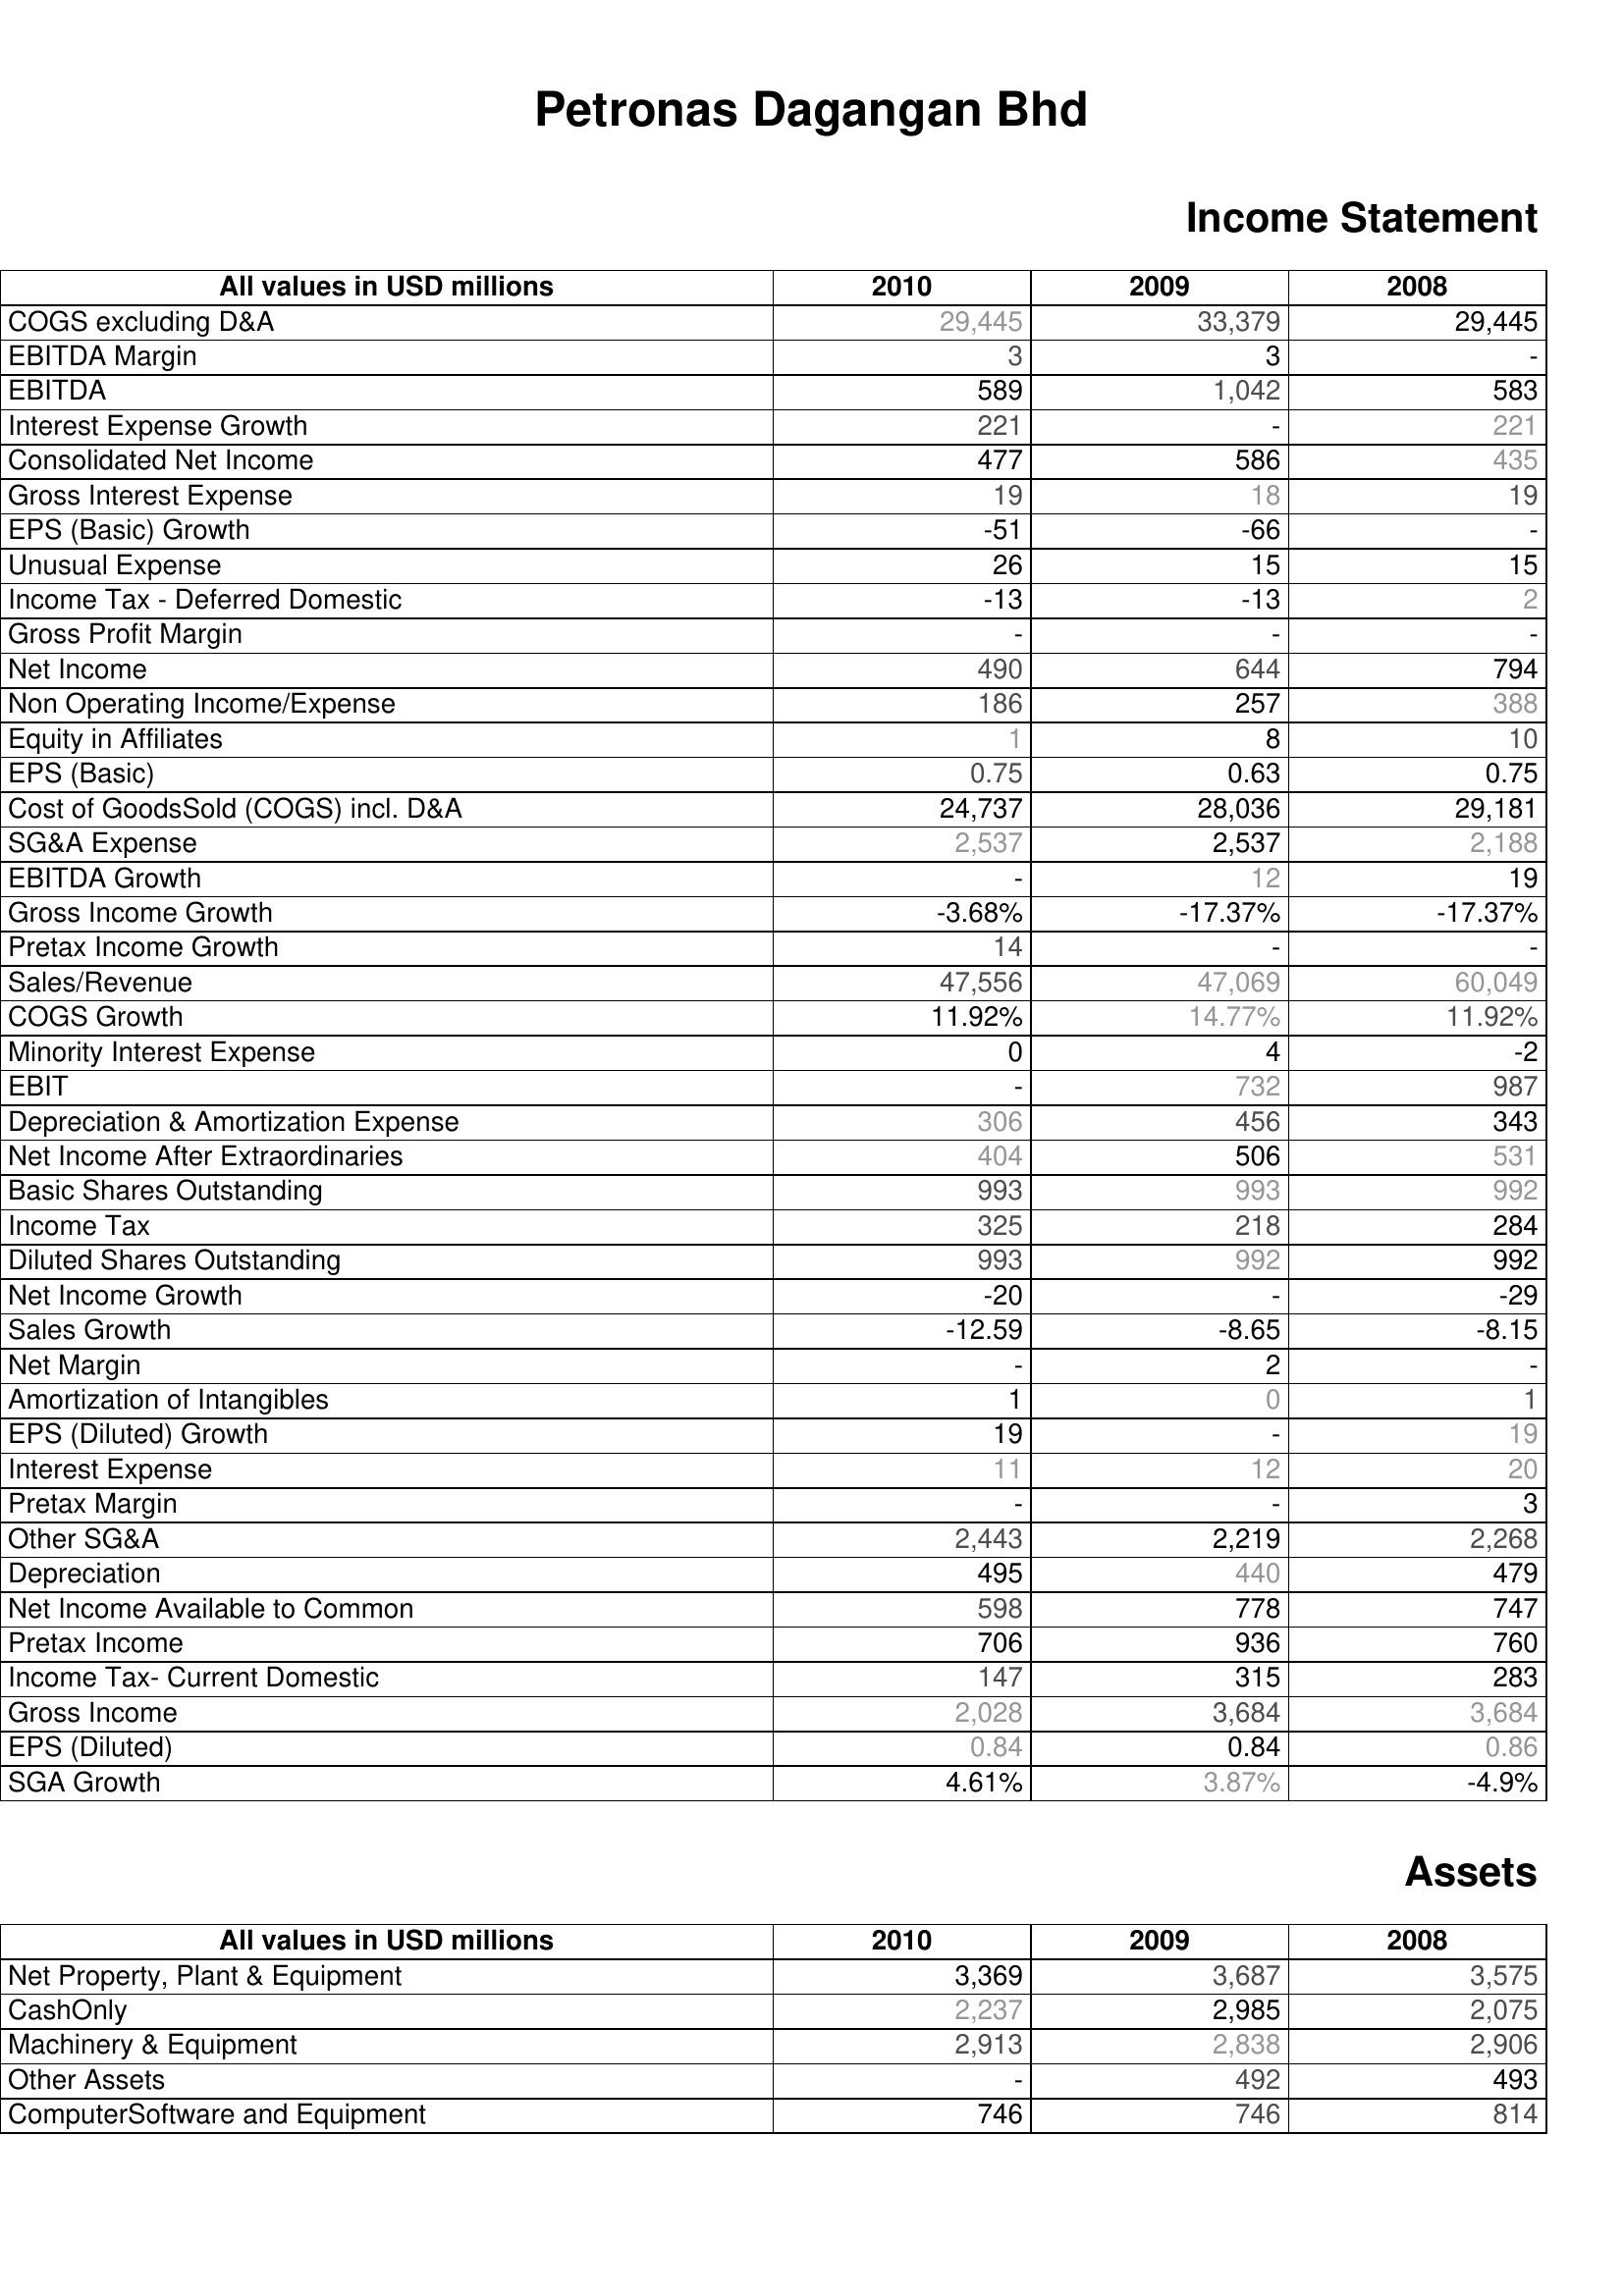
2010: Income Statement: COGS excluding D&A: 29,445
EBITDA Margin: 3
EBITDA: 589
Interest Expense Growth: 221
Consolidated Net Income: 477
Gross Interest Expense: 19
EPS (Basic) Growth: -51
Unusual Expense: 26
Income Tax - Deferred Domestic: -13
Gross Profit Margin: -
Net Income: 490
Non Operating Income/Expense: 186
Equity in Affiliates: 1
EPS (Basic): 0.75
Cost of GoodsSold (COGS) incl. D&A: 24,737
SG&A Expense: 2,537
EBITDA Growth: -
Gross Income Growth: -3.68%
Pretax Income Growth: 14
Sales/Revenue: 47,556
COGS Growth: 11.92%
Minority Interest Expense: 0
EBIT: -
Depreciation & Amortization Expense: 306
Net Income After Extraordinaries: 404
Basic Shares Outstanding: 993
Income Tax: 325
Diluted Shares Outstanding: 993
Net Income Growth: -20
Sales Growth: -12.59
Net Margin: -
Amortization of Intangibles: 1
EPS (Diluted) Growth: 19
Interest Expense: 11
Pretax Margin: -
Other SG&A: 2,443
Depreciation: 495
Net Income Available to Common: 598
Pretax Income: 706
Income Tax- Current Domestic: 147
Gross Income: 2,028
EPS (Diluted): 0.84
SGA Growth: 4.61%
Assets: Net Property, Plant & Equipment: 3,369
CashOnly: 2,237
Machinery & Equipment: 2,913
Other Assets: -
ComputerSoftware and Equipment: 746
2009: Income Statement: COGS excluding D&A: 33,379
EBITDA Margin: 3
EBITDA: 1,042
Interest Expense Growth: -
Consolidated Net Income: 586
Gross Interest Expense: 18
EPS (Basic) Growth: -66
Unusual Expense: 15
Income Tax - Deferred Domestic: -13
Gross Profit Margin: -
Net Income: 644
Non Operating Income/Expense: 257
Equity in Affiliates: 8
EPS (Basic): 0.63
Cost of GoodsSold (COGS) incl. D&A: 28,036
SG&A Expense: 2,537
EBITDA Growth: 12
Gross Income Growth: -17.37%
Pretax Income Growth: -
Sales/Revenue: 47,069
COGS Growth: 14.77%
Minority Interest Expense: 4
EBIT: 732
Depreciation & Amortization Expense: 456
Net Income After Extraordinaries: 506
Basic Shares Outstanding: 993
Income Tax: 218
Diluted Shares Outstanding: 992
Net Income Growth: -
Sales Growth: -8.65
Net Margin: 2
Amortization of Intangibles: 0
EPS (Diluted) Growth: -
Interest Expense: 12
Pretax Margin: -
Other SG&A: 2,219
Depreciation: 440
Net Income Available to Common: 778
Pretax Income: 936
Income Tax- Current Domestic: 315
Gross Income: 3,684
EPS (Diluted): 0.84
SGA Growth: 3.87%
Assets: Net Property, Plant & Equipment: 3,687
CashOnly: 2,985
Machinery & Equipment: 2,838
Other Assets: 492
ComputerSoftware and Equipment: 746
2008: Income Statement: COGS excluding D&A: 29,445
EBITDA Margin: -
EBITDA: 583
Interest Expense Growth: 221
Consolidated Net Income: 435
Gross Interest Expense: 19
EPS (Basic) Growth: -
Unusual Expense: 15
Income Tax - Deferred Domestic: 2
Gross Profit Margin: -
Net Income: 794
Non Operating Income/Expense: 388
Equity in Affiliates: 10
EPS (Basic): 0.75
Cost of GoodsSold (COGS) incl. D&A: 29,181
SG&A Expense: 2,188
EBITDA Growth: 19
Gross Income Growth: -17.37%
Pretax Income Growth: -
Sales/Revenue: 60,049
COGS Growth: 11.92%
Minority Interest Expense: -2
EBIT: 987
Depreciation & Amortization Expense: 343
Net Income After Extraordinaries: 531
Basic Shares Outstanding: 992
Income Tax: 284
Diluted Shares Outstanding: 992
Net Income Growth: -29
Sales Growth: -8.15
Net Margin: -
Amortization of Intangibles: 1
EPS (Diluted) Growth: 19
Interest Expense: 20
Pretax Margin: 3
Other SG&A: 2,268
Depreciation: 479
Net Income Available to Common: 747
Pretax Income: 760
Income Tax- Current Domestic: 283
Gross Income: 3,684
EPS (Diluted): 0.86
SGA Growth: -4.9%
Assets: Net Property, Plant & Equipment: 3,575
CashOnly: 2,075
Machinery & Equipment: 2,906
Other Assets: 493
ComputerSoftware and Equipment: 814